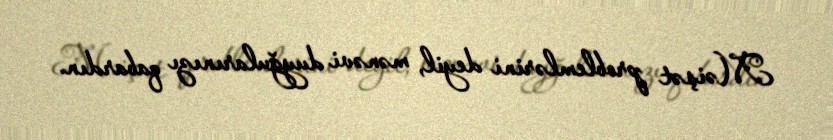
Məişət problemlərini deyil, mənəvi duyğularınızı qabardın.